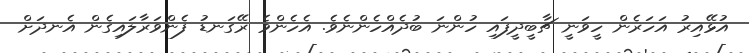
އުޅޭއިރު އަހަރެން ހީވަނީ ޗާބީދީފައި ހުންނަ ބުދެއްހެންނެވެ. އެހެންވެ ރޭގަނޑު ފެންވަރާލައިގެން އެނދަށް